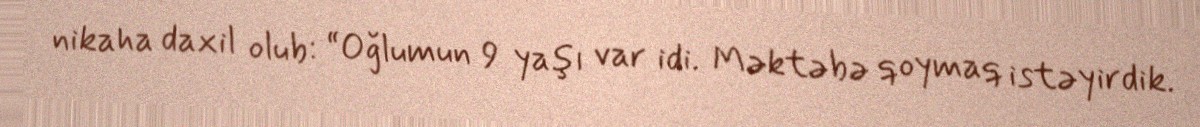
nikaha daxil olub: “Oğlumun 9 yaşı var idi. Məktəbə qoymaq istəyirdik.